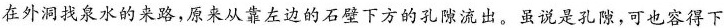
在外洞找泉水的来路，原来从靠左边的石壁下方的孔隙流出。虽说是孔隙，可也容得下